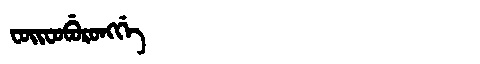
Manchu: ᠸᠣᡳᠸᠣᠪᡠᡵᠣᠩᡤᡝ
Romanization: FOIFOBURONGGE